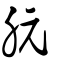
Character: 朊